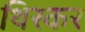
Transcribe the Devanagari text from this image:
थिरकर